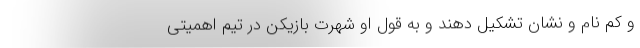
و کم نام و نشان تشکیل دهند و به قول او شهرت بازیکن در تیم اهمیتی